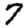
Digit: 7